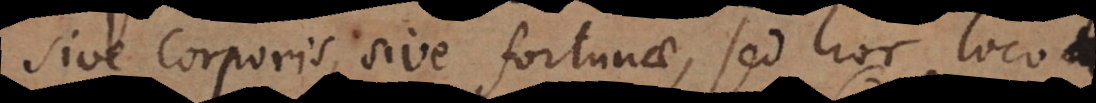
sive corporis, sive fortunae, sed hoc loco